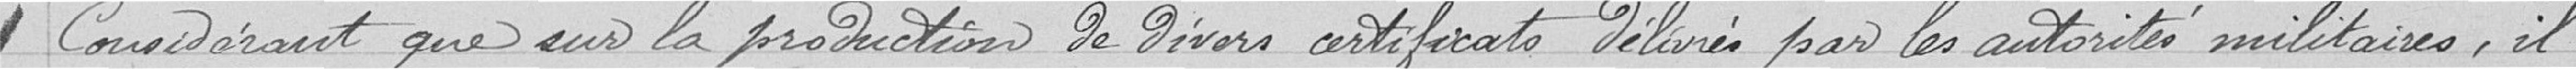
Considérant que sur la production de divers certificats délivrés par les autorités militaires, il